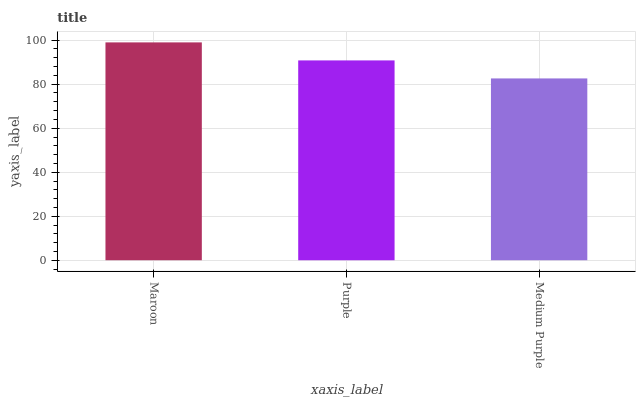
| xaxis_label | bars |
 | --- | --- |
 | Maroon | 99 |
 | Purple | 90.8 |
 | Medium Purple | 82.6 |